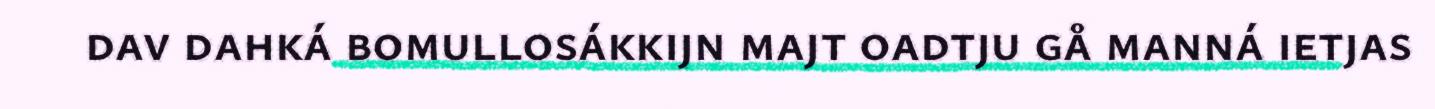
dav dahká bomullosákkijn majt oadtju gå manná ietjas